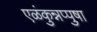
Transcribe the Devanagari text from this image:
एळंकुन्नप्पुष़ा